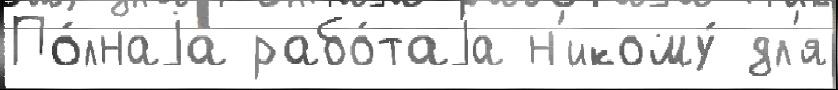
По́лнаjа рабо́таjа н'икому́ дл'я